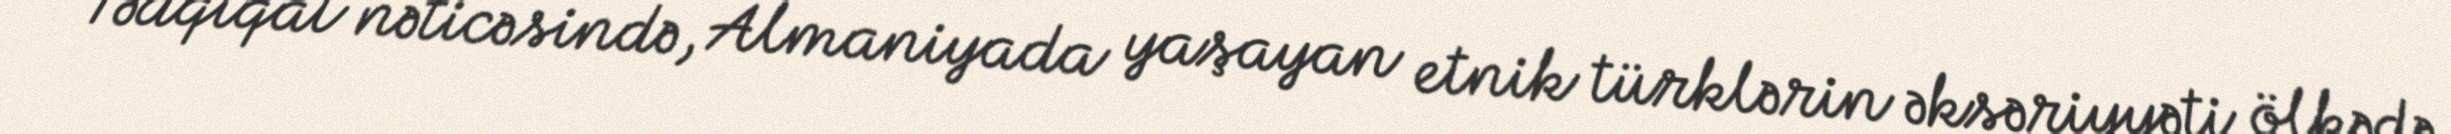
Tədqiqat nəticəsində, Almaniyada yaşayan etnik türklərin əksəriyyəti ölkədə